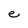
Character: e